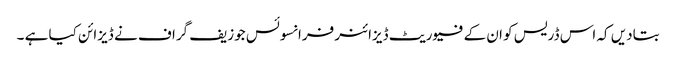
بتادیں کہ اس ڈریس کو ان کے فیوریٹ ڈیزائنر فرانسوئس جوزیف گراف نے ڈیزائن کیا ہے ۔